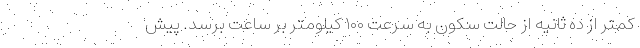
کمتر از ده ثانیه از حالت سکون به سرعت ۱۰۰ کیلومتر بر ساعت برسد. پیش